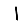
Digit: 1